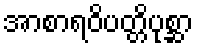
အာစာရဝိပတ္တိပုစ္ဆာ